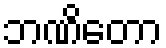
ဘဏိတော